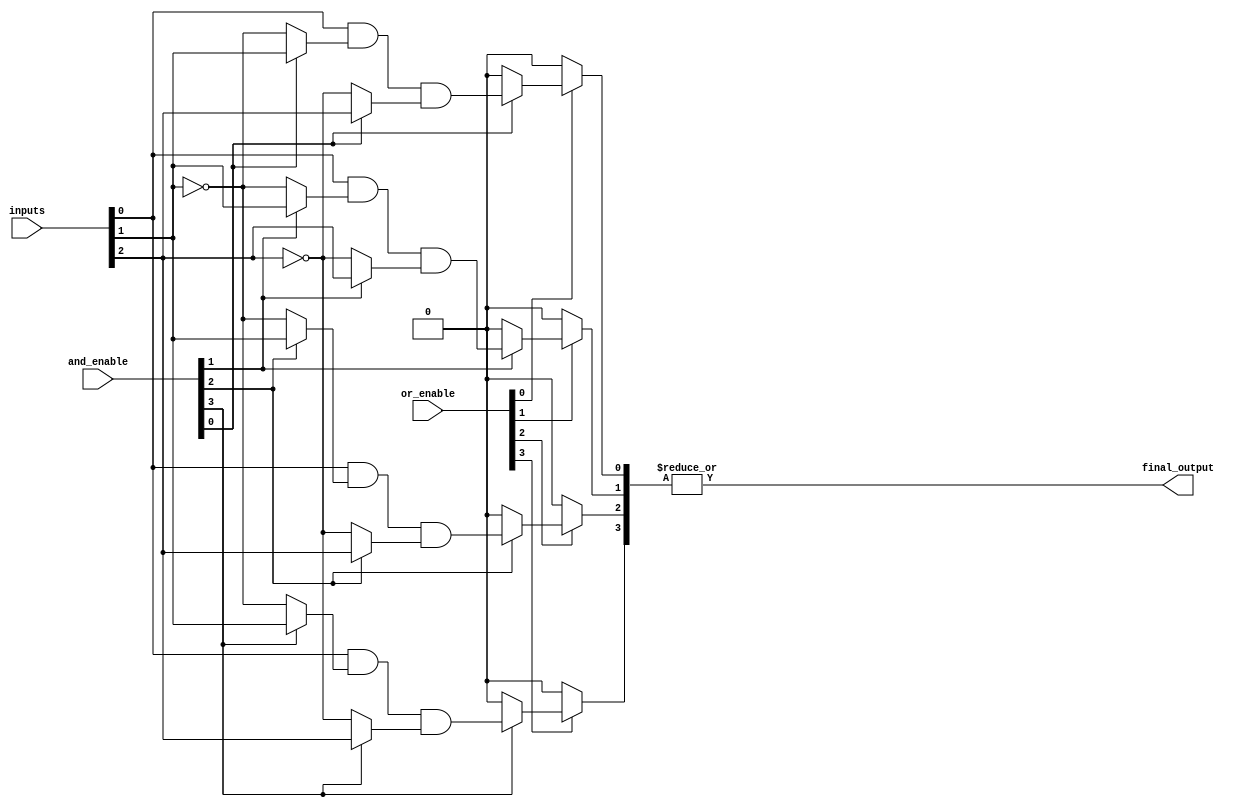
module PLA (
    input wire [N-1:0] inputs,            // N input lines
    input wire [M-1:0] and_enable,         // Control for AND gates
    input wire [O-1:0] or_enable,          // Control for OR gates
    output wire final_output                // Output of the OR gate
);
    parameter N = 4;                       // Number of inputs
    parameter M = 8;                       // Number of AND gates
    parameter O = 4;                       // Number of OR outputs

    wire [M-1:0] and_outputs;              // Outputs from AND gates
    wire [O-1:0] or_inputs;                // Inputs to the OR gate

    // Sample AND gate configurations
    genvar i;
    generate
        for (i = 0; i < M; i = i + 1) begin : and_gates
            // Example programming logic for AND gates
            assign and_outputs[i] = (and_enable[i] == 1'b1) ? 
                                   (inputs[0] & (and_enable[i] ? inputs[1] : ~inputs[1])) & 
                                   (and_enable[i] ? inputs[2] : ~inputs[2]) :
                                   1'b0;
        end
    endgenerate

    // Selecting inputs for the OR gate
    generate
        for (i = 0; i < O; i = i + 1) begin : or_inputs_gen
            // Example OR gate input selections
            assign or_inputs[i] = (or_enable[i] == 1'b1) ? and_outputs[i] : 1'b0;
        end
    endgenerate

    // Final OR gate logic
    assign final_output = |or_inputs; // ORing all selected inputs

endmodule